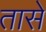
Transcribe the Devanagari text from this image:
तासे